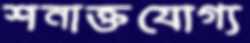
শনাক্তযোগ্য